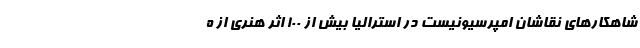
شاهکارهای نقاشان امپرسیونیست در استرالیا بیش از ۱۰۰ اثر هنری از ه